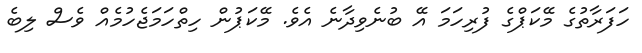
ހަފަރާތުގެ މޭކަޕްގެ ފުރިހަމަ އޭ ބުނެވިދާނެ އެވެ. މޭކަޕުން ހިތްހަމަޖެހުމެއް ވެސް ލިބެ